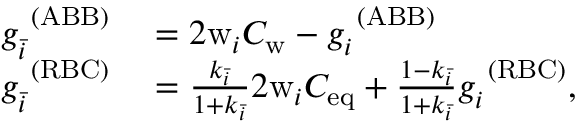
\begin{array} { r l } { g _ { \bar { i } } ^ { \ ( \mathrm { A B B } ) } } & { { } = 2 \mathrm { w } _ { i } C _ { \mathrm { w } } - g _ { i } ^ { \ ( \mathrm { A B B } ) } } \\ { g _ { \bar { i } } ^ { \ ( \mathrm { R B C } ) } } & { { } = \frac { k _ { \bar { i } } } { 1 + k _ { \bar { i } } } 2 \mathrm { w } _ { i } C _ { \mathrm { e q } } + \frac { 1 - k _ { \bar { i } } } { 1 + k _ { \bar { i } } } g _ { i } ^ { \ ( \mathrm { R B C } ) } , } \end{array}